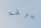
برغم